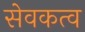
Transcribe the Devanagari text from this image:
सेवकत्व